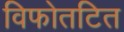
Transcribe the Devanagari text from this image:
विफोतटित